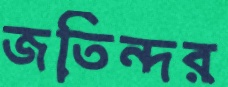
জতিন্দর